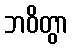
ဘဝိတွာ